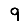
Digit: 9